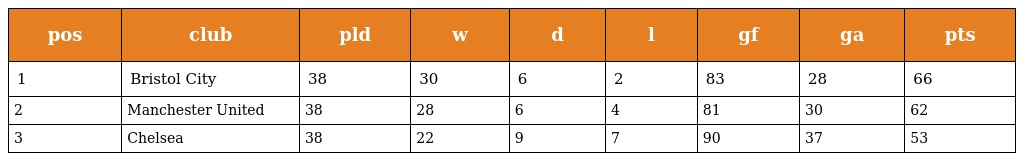
| pos | club | pld | w | d | l | gf | ga | pts |
 | --- | --- | --- | --- | --- | --- | --- | --- | --- |
 | 1 | Bristol City | 38 | 30 | 6 | 2 | 83 | 28 | 66 |
 | 2 | Manchester United | 38 | 28 | 6 | 4 | 81 | 30 | 62 |
 | 3 | Chelsea | 38 | 22 | 9 | 7 | 90 | 37 | 53 |